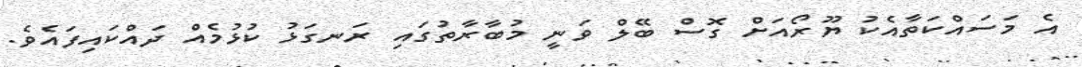
އެ މަސައްކަތާއެކު ޔޫރޯއަށް ގޮސް ބޭލް ވަނީ މުބާރާތުގައި ރަނގަޅު ކުޅުމެއް ދައްކައިފައެވެ.